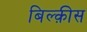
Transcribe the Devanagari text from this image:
बिल्क़ीस